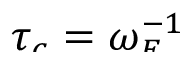
\smash { \tau _ { c } = \omega _ { E } ^ { - 1 } }